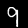
Label: 9